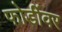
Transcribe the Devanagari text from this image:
फोडींवर